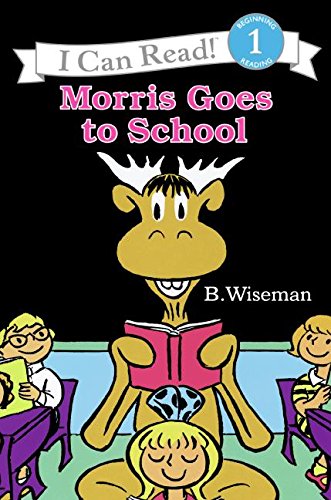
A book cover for Morris Goes to School (I Can Read Level 1); B. Wiseman; Children's Books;